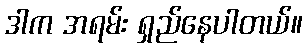
ဒါက အရမ်း ရှည်နေပါတယ်။